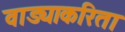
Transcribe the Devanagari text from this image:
वाड्याकरिता